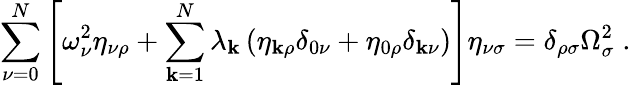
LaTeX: \sum_{\nu=0}^{N}\left[\omega_{\nu}^{2}\eta_{\nu\rho}+\sum_{\mathbf{k}=1}^{N}\lambda_{\mathbf{k}}\left(\eta_{\mathbf{k}\rho}\delta_{0\nu}+\eta_{0\rho}\delta_{\mathbf{k}\nu}\right)\right]\eta_{\nu\sigma}=\delta_{\rho\sigma}\Omega_{\sigma}^{2}\; .